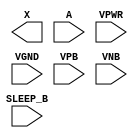
module sky130_fd_sc_lp__inputiso1n (
    X      ,
    A      ,
    SLEEP_B,
    VPWR   ,
    VGND   ,
    VPB    ,
    VNB
);

    output X      ;
    input  A      ;
    input  SLEEP_B;
    input  VPWR   ;
    input  VGND   ;
    input  VPB    ;
    input  VNB    ;
endmodule